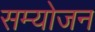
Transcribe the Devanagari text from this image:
सम्योजन